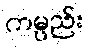
ကမ္ပည်း